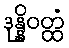
ဒုန္နိဝတ္ထံ